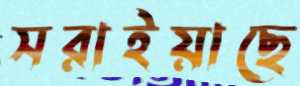
সরাইয়াছে